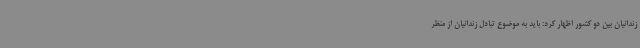
زندانیان بین دو کشور اظهار کرد: باید به موضوع تبادل زندانیان از منظر